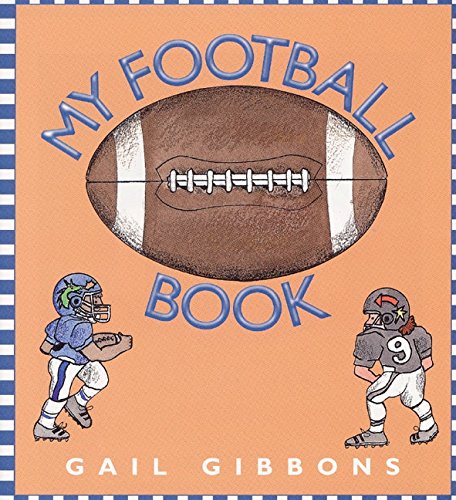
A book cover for My Football Book; Gail Gibbons; Children's Books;